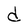
Character: d